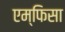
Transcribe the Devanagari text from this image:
एम्फिसा